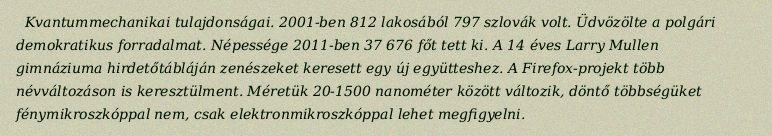
Kvantummechanikai tulajdonságai. 2001-ben 812 lakosából 797 szlovák volt. Üdvözölte a polgári demokratikus forradalmat. Népessége 2011-ben 37 676 főt tett ki. A 14 éves Larry Mullen gimnáziuma hirdetőtábláján zenészeket keresett egy új együtteshez. A Firefox-projekt több névváltozáson is keresztülment. Méretük 20-1500 nanométer között változik, döntő többségüket fénymikroszkóppal nem, csak elektronmikroszkóppal lehet megfigyelni.